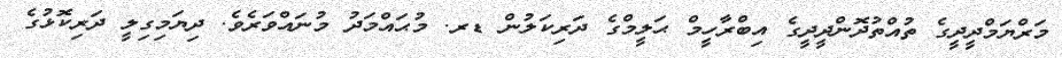
މަރްޔަމްދީދީގެ ތުއްތުދޮންދީދީގެ އިބްރާހީމް ޙަލީމްގެ ދަރިކަލުން ޑރ. މުޙައްމަދު މުނައްވަރެވެ. ދިޔަމިގިލީ ދަރިކޮޅުގެ